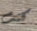
كنت